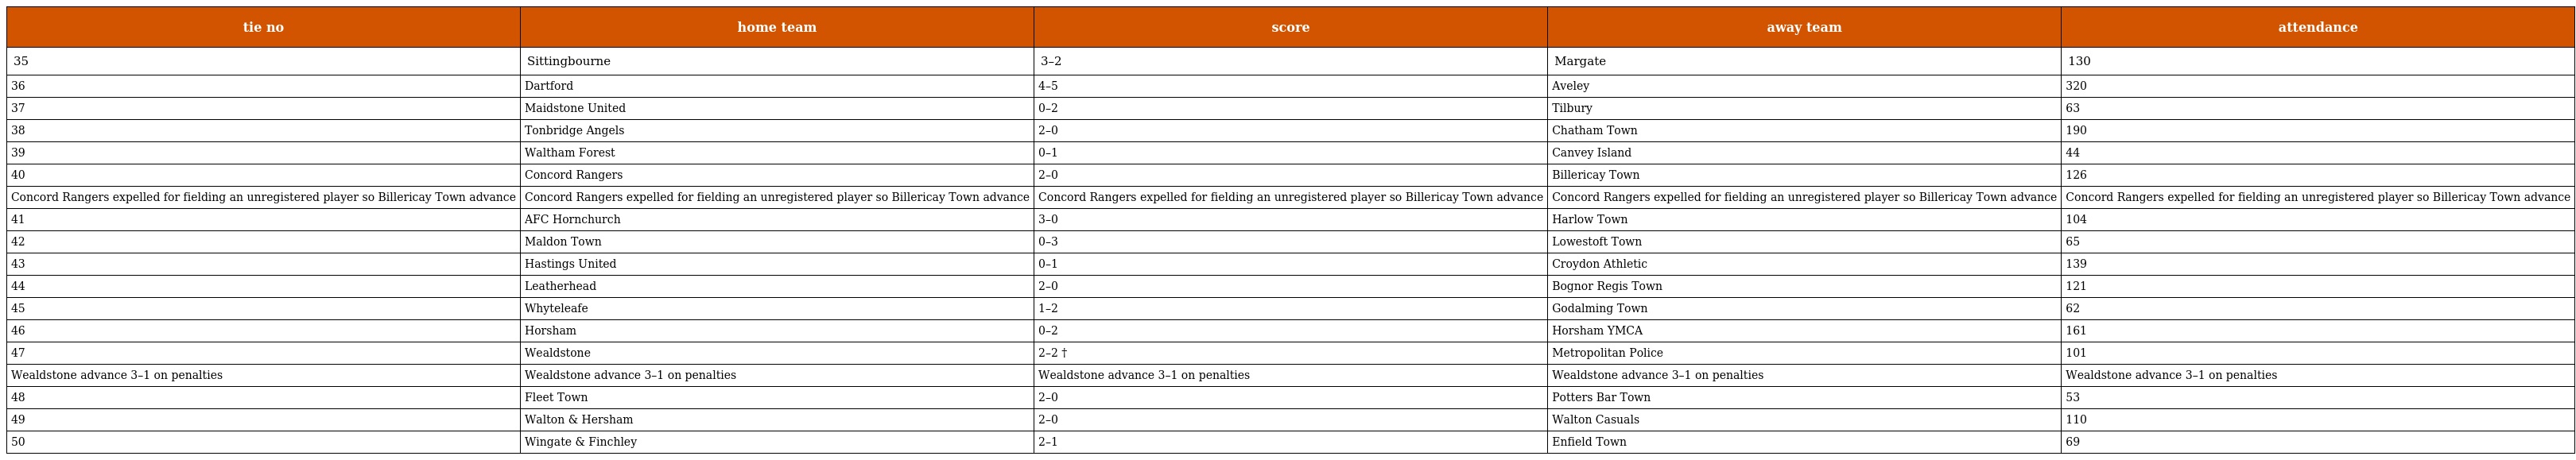
| tie no | home team | score | away team | attendance |
 | --- | --- | --- | --- | --- |
 | 35 | Sittingbourne | 3–2 | Margate | 130 |
 | 36 | Dartford | 4–5 | Aveley | 320 |
 | 37 | Maidstone United | 0–2 | Tilbury | 63 |
 | 38 | Tonbridge Angels | 2–0 | Chatham Town | 190 |
 | 39 | Waltham Forest | 0–1 | Canvey Island | 44 |
 | 40 | Concord Rangers | 2–0 | Billericay Town | 126 |
 | Concord Rangers expelled for fielding an unregistered player so Billericay Town advance | Concord Rangers expelled for fielding an unregistered player so Billericay Town advance | Concord Rangers expelled for fielding an unregistered player so Billericay Town advance | Concord Rangers expelled for fielding an unregistered player so Billericay Town advance | Concord Rangers expelled for fielding an unregistered player so Billericay Town advance |
 | 41 | AFC Hornchurch | 3–0 | Harlow Town | 104 |
 | 42 | Maldon Town | 0–3 | Lowestoft Town | 65 |
 | 43 | Hastings United | 0–1 | Croydon Athletic | 139 |
 | 44 | Leatherhead | 2–0 | Bognor Regis Town | 121 |
 | 45 | Whyteleafe | 1–2 | Godalming Town | 62 |
 | 46 | Horsham | 0–2 | Horsham YMCA | 161 |
 | 47 | Wealdstone | 2–2 † | Metropolitan Police | 101 |
 | Wealdstone advance 3–1 on penalties | Wealdstone advance 3–1 on penalties | Wealdstone advance 3–1 on penalties | Wealdstone advance 3–1 on penalties | Wealdstone advance 3–1 on penalties |
 | 48 | Fleet Town | 2–0 | Potters Bar Town | 53 |
 | 49 | Walton & Hersham | 2–0 | Walton Casuals | 110 |
 | 50 | Wingate & Finchley | 2–1 | Enfield Town | 69 |